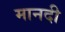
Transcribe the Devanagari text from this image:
मानदी